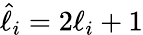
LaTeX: \hat{\ell}_{i}=2\ell_{i}+1